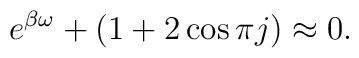
e^{\beta \omega} + (1 + 2 \cos \pi j) \approx 0.